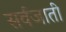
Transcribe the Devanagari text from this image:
सर्वजाती